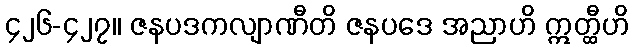
၄၂၆-၄၂၇။ ဇနပဒကလျာဏီတိ ဇနပဒေ အညာဟိ ဣတ္ထီဟိ